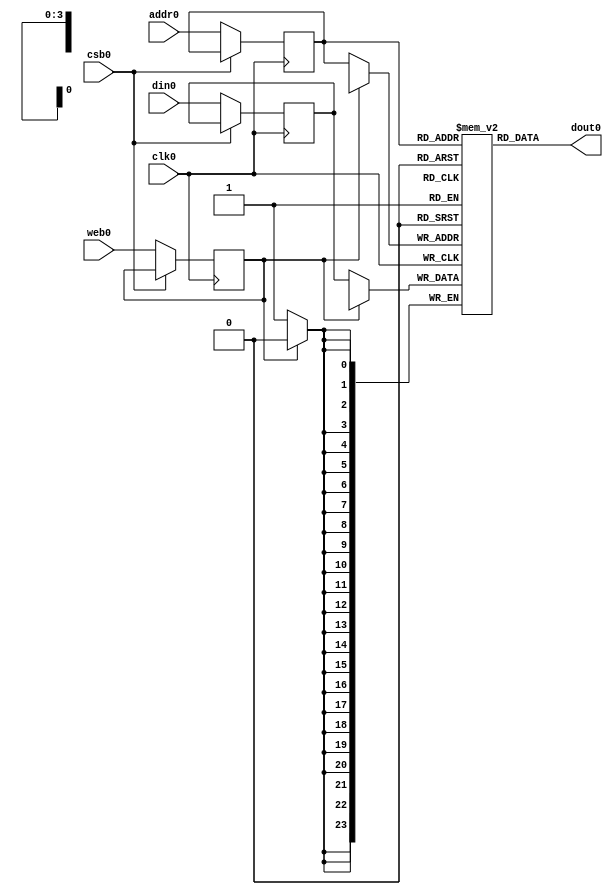
// OpenRAM SRAM model
// Words: 16
// Word size: 24

module data_cache_tag_array(
`ifdef USE_POWER_PINS
    vdd,
    gnd,
`endif
// Port 0: RW
    clk0,csb0,web0,addr0,din0,dout0
  );

  parameter DATA_WIDTH = 24 ;
  parameter ADDR_WIDTH = 4 ;
  parameter RAM_DEPTH = 1 << ADDR_WIDTH;

`ifdef USE_POWER_PINS
    inout vdd;
    inout gnd;
`endif
  input  clk0; // clock
  input   csb0; // active low chip select
  input  web0; // active low write control
  input [ADDR_WIDTH-1:0]  addr0;
  input [DATA_WIDTH-1:0]  din0;
  output [DATA_WIDTH-1:0] dout0;

  reg [DATA_WIDTH-1:0]    mem [0:RAM_DEPTH-1];

  reg  web0_reg;
  reg [ADDR_WIDTH-1:0]  addr0_reg;
  reg [DATA_WIDTH-1:0]  din0_reg;
  reg [DATA_WIDTH-1:0]  dout0;

  always @(posedge clk0)
  begin
    if( !csb0 ) begin
      web0_reg <= web0;
      addr0_reg <= addr0;
      din0_reg <= din0;
    end
  end


  always @ (posedge clk0)
  begin : MEM_WRITE0
    if ( !web0_reg ) begin
        mem[addr0_reg][23:0] <= din0_reg[23:0];
    end
  end

  always @ (*)
  begin : MEM_READ0
    dout0 = mem[addr0_reg];
  end

endmodule